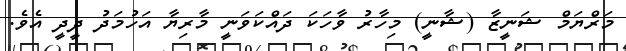
މަރްޔަމް ޝަނީޒާ (ޝާނީ) މިހާރު ވާހަކަ ދައްކަވަނީ މާރިޔާ އަހުމަދު ދީދީ އެވެ.